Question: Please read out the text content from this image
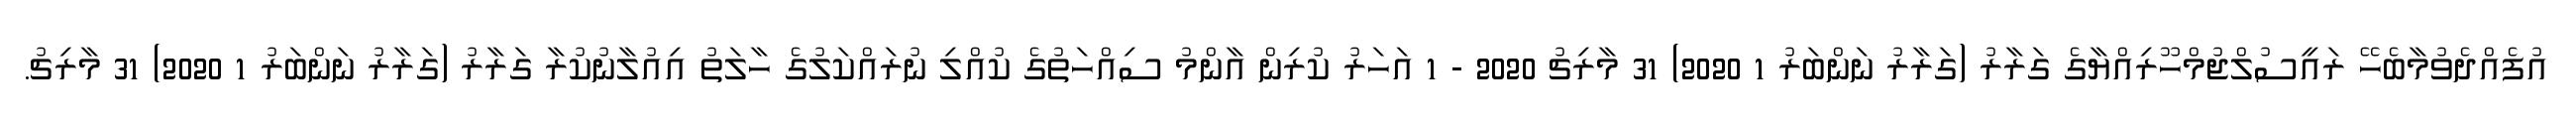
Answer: އުފެއްދެވުމާބެހޭ ރައީސުލްޖުމްހޫރިއްޔާގެ ގަރާރު (ގަރާރު ނަންބަރު 1 2020) 31 މާރިޗު 2020 - 1 އަހަރު ކުރިން އާންމު ސިއްހަތުގެ ކުއްލި ނުރައްކަލުގެ ހާލަތު އިއުލާނުކުރާ ގަރާރު (ގަރާރު ނަންބަރު 1 2020) 31 މާރިޗު.